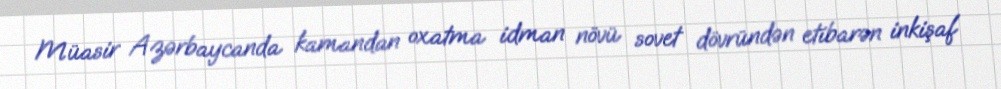
Müasir Azərbaycanda kamandan oxatma idman növü sovet dövründən etibarən inkişaf